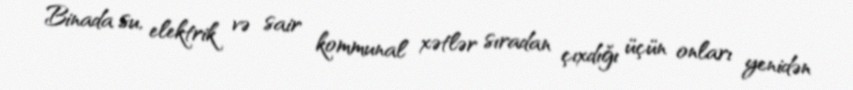
Binada su, elektrik və sair kommunal xətlər sıradan çıxdığı üçün onları yenidən